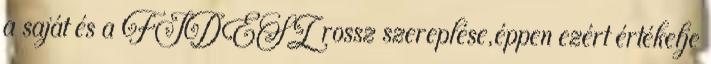
a saját és a FIDESZ rossz szereplése,éppen ezért értékelje